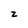
Character: z